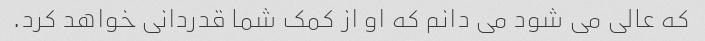
که عالی می شود می دانم که او از کمک شما قدردانی خواهد کرد.